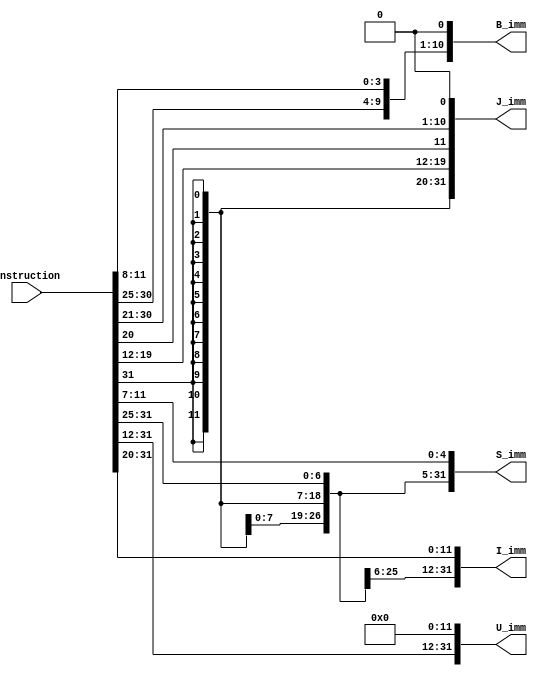
/*
    Type of Insturctions 

                R-type	Register-register instructions
                I-type	Immediate instructions
                S-type	Store instructions
                B-type	Conditional branch instructions
                U-type	Upper immediate instructions
                J-type	Jump instructions

        - R-Type
            airthmetic and logical operations, that operate register values
            add , sub , bitwise And, OR, etc
                Example: add rd, rs1, rs2

                
                | imm[11:5] (7)   | rs2 (5) | rs1 (5) | funct3 (3) | imm[4:0] (5) | opcode (7) |




        - I-Type
            instructions involve an immediate value (constant) in the instruction itself, 
            typically used for arithmetic operations, sign extension, and loading/storing data from/to memory        
                Example: addi rd, rs1, imm (rd = rs1 + imm)

                
                | imm[11:0] (12) | rs1 (5) | funct3 (3) | rd (5)   | opcode (7) |


        - S-Type
            used for storing data from a register into memory. 
            They have an immediate offset to compute the memory address and use one source register (rs1) for data to be stored
                Example: sw rs2, offset(rs1)

                | imm[11:5] (7)   |   rs2 (5)         |   rs1 (5)   | funct3 (3) | imm[4:0] (5) | opcode (7) |
        
        - B-Type
            B-Type instructions are used for conditional branching, 
            enabling the program to jump to a different location in the code based on a specified condition. 
            They involve two source registers (rs1 and rs2) and an immediate offset.
                Example: beq rs1, rs2, offset (Branch to the instruction at offset if rs1 and rs2 are equal)

                | imm[12]   | imm[10:5]         | rs2 (5)         | rs1 (5)   | funct3 (3) | imm[4:1]   | imm[11] | opcode (7) |
        
        - U-Type
            U-Type instructions are used for loading immediate values into a register
                Example: lui rd, imm

                
                | imm[31:12] (20)   | rd (5) | opcode (7) |
                


        
        - J-Type
            J-Type instructions are used for unconditional jumping to a specified target address. 
            They involve an immediate offset.
                Example: jal offset (Jump to the instruction at offset and store the return address in the rd register)

                | imm[20] (1)      | imm[10:1] (10)   | imm[11] (1)   | imm[19:12] (8) | rd (5) | opcode (7) |
*/

module Wire_module (
    // inputs
    Instruction,
    // outputs
    B_imm,
    J_imm,
    S_imm,
    U_imm,
    I_imm

);

input  [31:0] Instruction;
output [31:0] B_imm,J_imm,S_imm,U_imm,I_imm;

// sign extention imidiate value for B type 
// | imm[12]   | imm[10:5]         | rs2 (5)         | rs1 (5)   | funct3 (3) | imm[4:1]   | imm[11] | opcode (7) |
assign B_imm={{20{Instruction[31]}},Instruction[7],Instruction[30:25],Instruction[11:8],1'b0};

// sign extention imidiate value for J type 
// | imm[20] (1)      | imm[10:1] (10)   | imm[11] (1)   | imm[19:12] (8) | rd (5) | opcode (7) |
assign J_imm={{12{Instruction[31]}},Instruction[19:12],Instruction[20],Instruction[30:21],1'b0};

// sign extention imidiate value for S type 
// | imm[11:5] (7)   |   rs2 (5)         |   rs1 (5)   | funct3 (3) | imm[4:0] (5) | opcode (7) |
assign S_imm={{21{Instruction[31]}},Instruction[30:25],Instruction[11:7]};

// sign extention imidiate value for U type 
// | imm[31:12] (20)   | rd (5) | opcode (7) |
assign U_imm={Instruction[31:12],{12{1'b0}}};

// sign extention imidiate value for I type
//  | imm[11:0] (12) | rs1 (5) | funct3 (3) | rd (5)   | opcode (7) |
assign I_imm={{21{Instruction[31]}},Instruction[30:20]};
    
endmodule